Plague in India, 1896, 1897 - Volume 1
Year: 1896
Disease focus: Plague
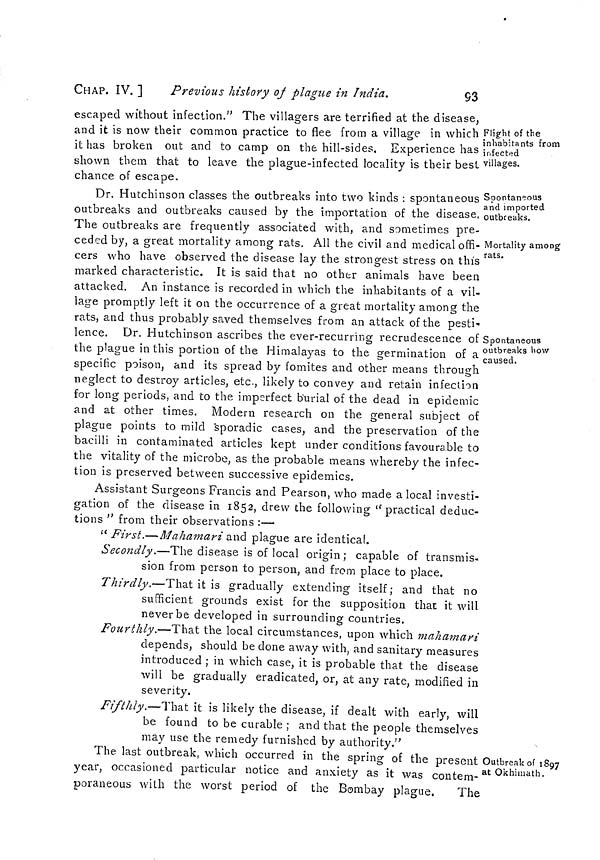
CHAP. IV. ]
Previous history of plague in India.
93
Flight of the
inhabitants from
infected
villages.
escaped without infection." The villagers are terrified at the disease,
and it is now their common practice to flee from a village in which
it has broken out and to camp on the hill-sides. Experience has
shown them that to leave the plague-infected locality is their best
chance of escape.
Spontaneous
and imported
outbreaks.
Mortality among
rats.
Spontaneous
outbreaks how
caused.
Dr. Hutchinson classes the outbreaks into two kinds : spontaneous
outbreaks and outbreaks caused by the importation of the disease,
The outbreaks are frequently associated with, and sometimes pre-
ceded by, a great mortality among rats. All the civil and medical offi-
cers who have observed the disease lay the strongest stress on this
marked characteristic. It is said that no other animals have been
attacked. An instance is recorded in which the inhabitants of a vil-
lage promptly left it on the occurrence of a great mortality among the
rats, and thus probably saved themselves from an attack of the pesti-
lence. Dr. Hutchinson ascribes the ever-recurring recrudescence of
the plague in this portion of the Himalayas to the germination of a
specific poison, and its spread by fomites and other means through
neglect to destroy articles, etc., likely to convey and retain infection
for long periods, and to the imperfect burial of the dead in epidemic
and at other times. Modern research on the general subject of
plague points to mild sporadic cases, and the preservation of the
bacilli in contaminated articles kept under conditions favourable to
the vitality of the microbe, as the probable means whereby the infec-
tion is preserved between successive epidemics.
Assistant Surgeons Francis and Pearson, who made a local investi-
gation of the disease in 1852, drew the following " practical deduc-
tions " from their observations :—
" First.—Mahamari and plague are identical.
Secondly.—The disease is of local origin ; capable of transmis-
sion from person to person, and from place to place.
Thirdly.—That it is gradually extending itself; and that no
sufficient grounds exist for the supposition that it will
never be developed in surrounding countries.
Fourthly.—That the local circumstances, upon which mahamari
depends, should be done away with, and sanitary measures
introduced ; in which case, it is probable that the disease
will be gradually eradicated, or, at any rate, modified in
severity.
Fifthly.—That it is likely the disease, if dealt with early, will
be found to be curable ; and that the people themselves
may use the remedy furnished by authority."
Outbreak of 1897
at Okhimath.
The last outbreak, which occurred in the spring of the present
year, occasioned particular notice and anxiety as it was contem-
poraneous with the worst period of the Bombay plague.
The